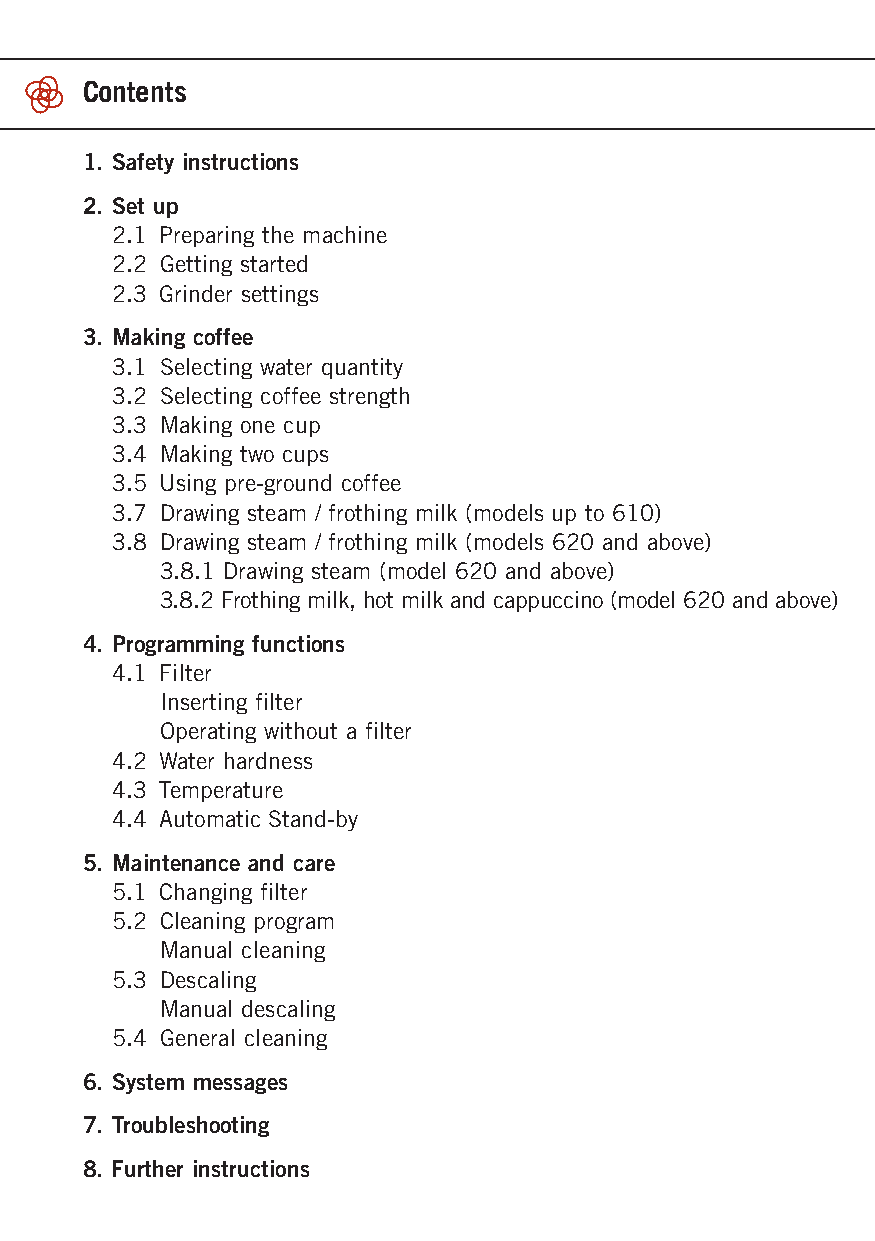
Contents
 1. Safety instructions
 2. Set up
 2.1 Preparing the machine
 2.2 Getting started
 2.3 Grinder settings
 3. Making coffee
 3.1 Selecting water quantity
 3.2 Selecting coffee strength
 3.3 Making one cup
 3.4 Making two cups
 3.5 Using pre-ground coffee
 3.7 Drawing steam / frothing milk (models up to 610)
 3.8 Drawing steam / frothing milk (models 620 and above)
 3.8.1 Drawing steam (model 620 and above)
 3.8.2 Frothing milk, hot milk and cappuccino (model 620 and above)
 4. Programming functions
 4.1 Filter
 Inserting filter
 Operating without a filter
 4.2 Water hardness
 4.3 Temperature
 4.4 Automatic Stand-by
 5. Maintenance and care
 5.1 Changing filter
 5.2 Cleaning program
 Manual cleaning
 5.3 Descaling
 Manual descaling
 5.4 General cleaning
 6. System messages
 7. Troubleshooting
 8. Further instructions